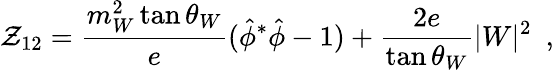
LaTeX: \mathcal{Z}_{12}=\frac{{m_{W}^{2}\tan\theta_{W}}}{{e}}({\hat{{\phi}}}^{*}\hat{{\phi}}-1)+\frac{{2e}}{{\tan\theta_{W}}}|W|^{2}~~,